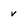
Character: v